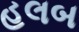
હલબ